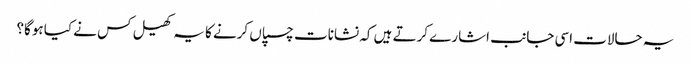
یہ حالات اسی جانب اشارے کرتے ہیں کہ نشانات چسپاں کرنے کا یہ کھیل کس نے کیا ہوگا؟